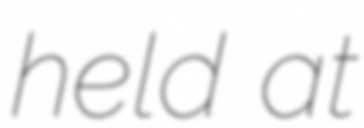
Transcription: held at